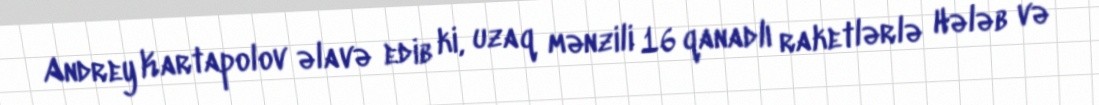
Andrey Kartapolov əlavə edib ki, uzaq mənzili 16 qanadlı raketlərlə Hələb və